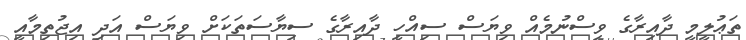
ތަޢުލީމީ ދާއިރާގެ ވިސްނުމެއް ވިޔަސް ސިއްހީ ދާއިރާގެ ސިޔާސަތަކަށް ވިޔަސް އަދި އިޖުތިމާއީ